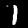
Digit: 1